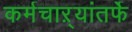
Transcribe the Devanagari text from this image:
कर्मचाऱ्यांतर्फे